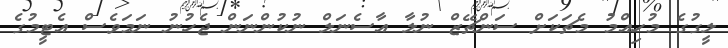
ލީގުގެ މުހިއްމު މެޗަކަށް ސަންޗޭޒް ނުލާ އާސެނަލް ނުކުންނަން ޖެހުނު ނަމަވެސް އެޓީމުގެ